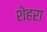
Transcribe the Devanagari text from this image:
शेहरा